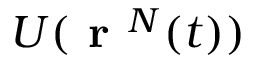
U ( \textbf { r } ^ { N } ( t ) )